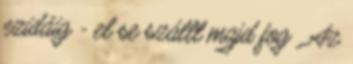
ezidáig - el se szállt majd fog . Az